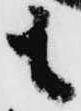
も